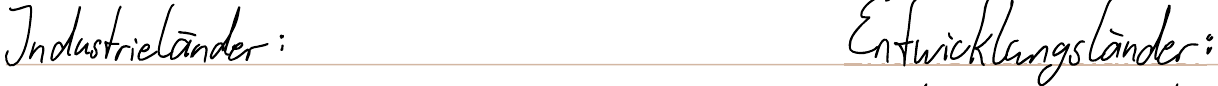
Industrieländer:    Entwicklungsländer: